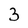
Character: 3